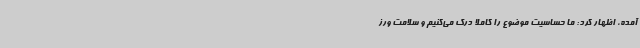
آمده، اظهار کرد: ما حساسیت موضوع را کاملا درک می‌کنیم و سلامت ورز